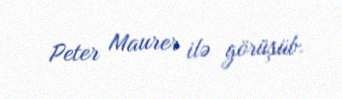
Peter Maurer ilə görüşüb.